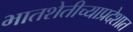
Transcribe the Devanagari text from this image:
भातशेतीच्याप्रदेशात